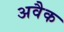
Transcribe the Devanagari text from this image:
अवैक